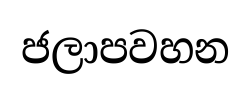
ජලාපවහන